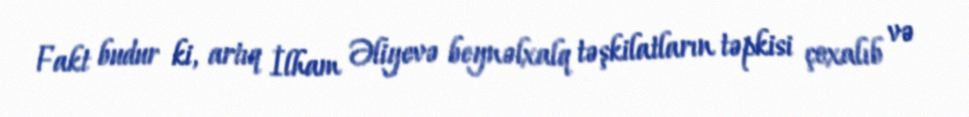
Fakt budur ki, artıq İlham Əliyevə beynəlxalq təşkilatların təpkisi çoxalıb və